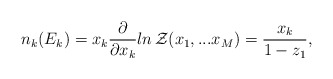
\begin{align*}n_k(E_k)=x_k \frac{\partial}{\partial x_k} ln \,{\cal Z}(x_1,...x_M) = \frac{x_k}{1 - z_1},\end{align*}